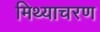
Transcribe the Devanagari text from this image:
मिथ्याचरण